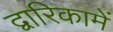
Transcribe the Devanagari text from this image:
द्वारिकामें